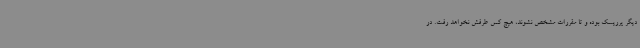
دیگر پرریسک بوده و تا مقررات مشخص نشوند، هیچ کس طرفش نخواهد رفت. در